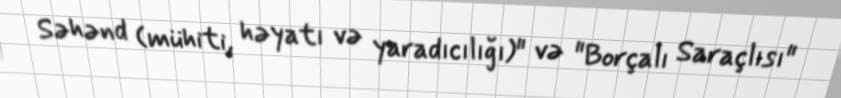
Səhənd (mühiti, həyatı və yaradıcılığı)" və "Borçalı Saraçlısı"